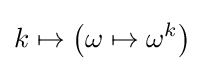
k\mapsto \left(\omega \mapsto \omega ^{k}\right)